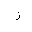
Letter: _zay